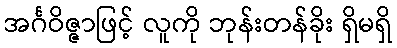
အင်္ဂဝိဇ္ဇာဖြင့် လူကို ဘုန်းတန်ခိုး ရှိမရှိ